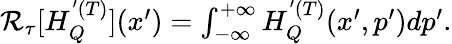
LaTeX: \begin{array}{r}{\mathcal{R}_{\tau}[H_{Q}^{'(T)}](x^{\prime})=\int_{-\infty}^{+\infty}H_{Q}^{'(T)}(x^{\prime},p^{\prime})dp^{\prime}.}\end{array}